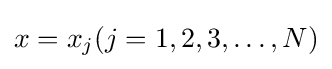
x=x_{j}(j=1,2,3,\dots ,N)